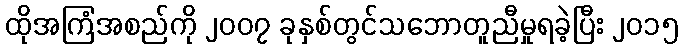
ထိုအကြံအစည်ကို ၂၀၀၇ ခုနှစ်တွင်သဘောတူညီမှုရခဲ့ပြီး ၂၀၁၅